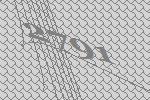
2791